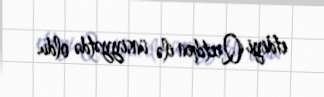
etdiyi Qretchen ilə ünsiyyətdə oldu.